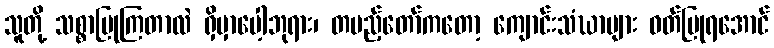
သူတို့ သစ္စာပြုကြတာလဲ ရှိမှာပေါ့ဘုရား၊ တပည့်တော်ကတော့ ကျောင်းသံဃာများ ဝတ်ပြုရအောင်